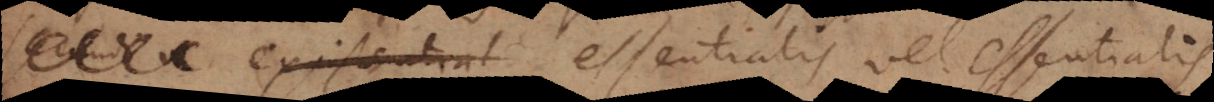
existential essentialis vel [e